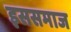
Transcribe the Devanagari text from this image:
इससमाज